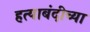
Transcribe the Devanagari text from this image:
हत्याबंदीच्या